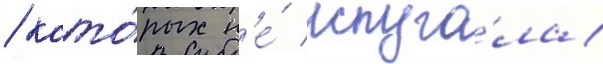
/ кото́рых н'е́ испуга́ла